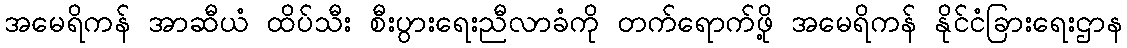
အမေရိကန် အာဆီယံ ထိပ်သီး စီးပွားရေးညီလာခံကို တက်ရောက်ဖို့ အမေရိကန် နိုင်ငံခြားရေးဌာန